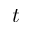
t